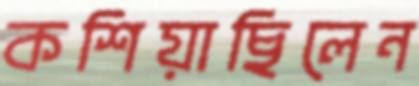
কশিয়াছিলেন